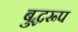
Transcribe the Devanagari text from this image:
बुद्धरूप